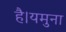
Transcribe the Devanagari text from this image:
है।यमुना